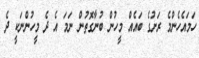
ހަމައެހެންމެ ރަށުގެ ބައެއް މީހުން ބުނާގޮތުން ނަމަ އެ ދެ މީހުންނަކީ ދެ